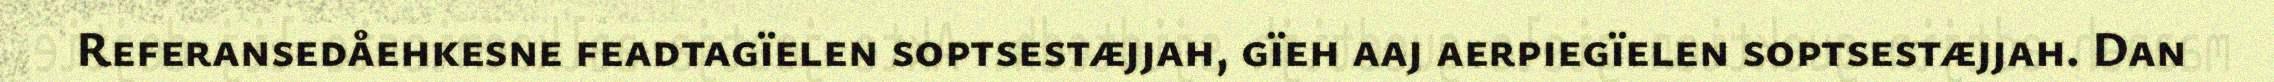
Referansedåehkesne feadtagïelen soptsestæjjah, gïeh aaj aerpiegïelen soptsestæjjah. Dan